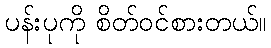
ပန်းပုကို စိတ်ဝင်စားတယ်။